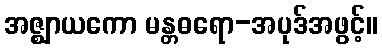
အဇ္ဈာယကော မန္တဓရော-အပုဒ်အဖွင့်။